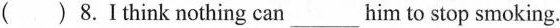
()8.I think nothing can ___ him to stop smoking.